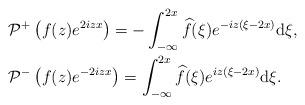
LaTeX: \begin{align*}&\mathcal{P}^+\left(f(z) e^{2iz x}\right) =-\int_{-\infty}^{2x}\widehat{f}(\xi)e^{-iz(\xi-2x ) }\mathrm{d}\xi,\\&\mathcal{P}^-\left(f(z) e^{-2iz x}\right) =\int_{-\infty}^{ 2x} \widehat{f}(\xi)e^{ iz(\xi-2x ) }\mathrm{d}\xi.\end{align*}